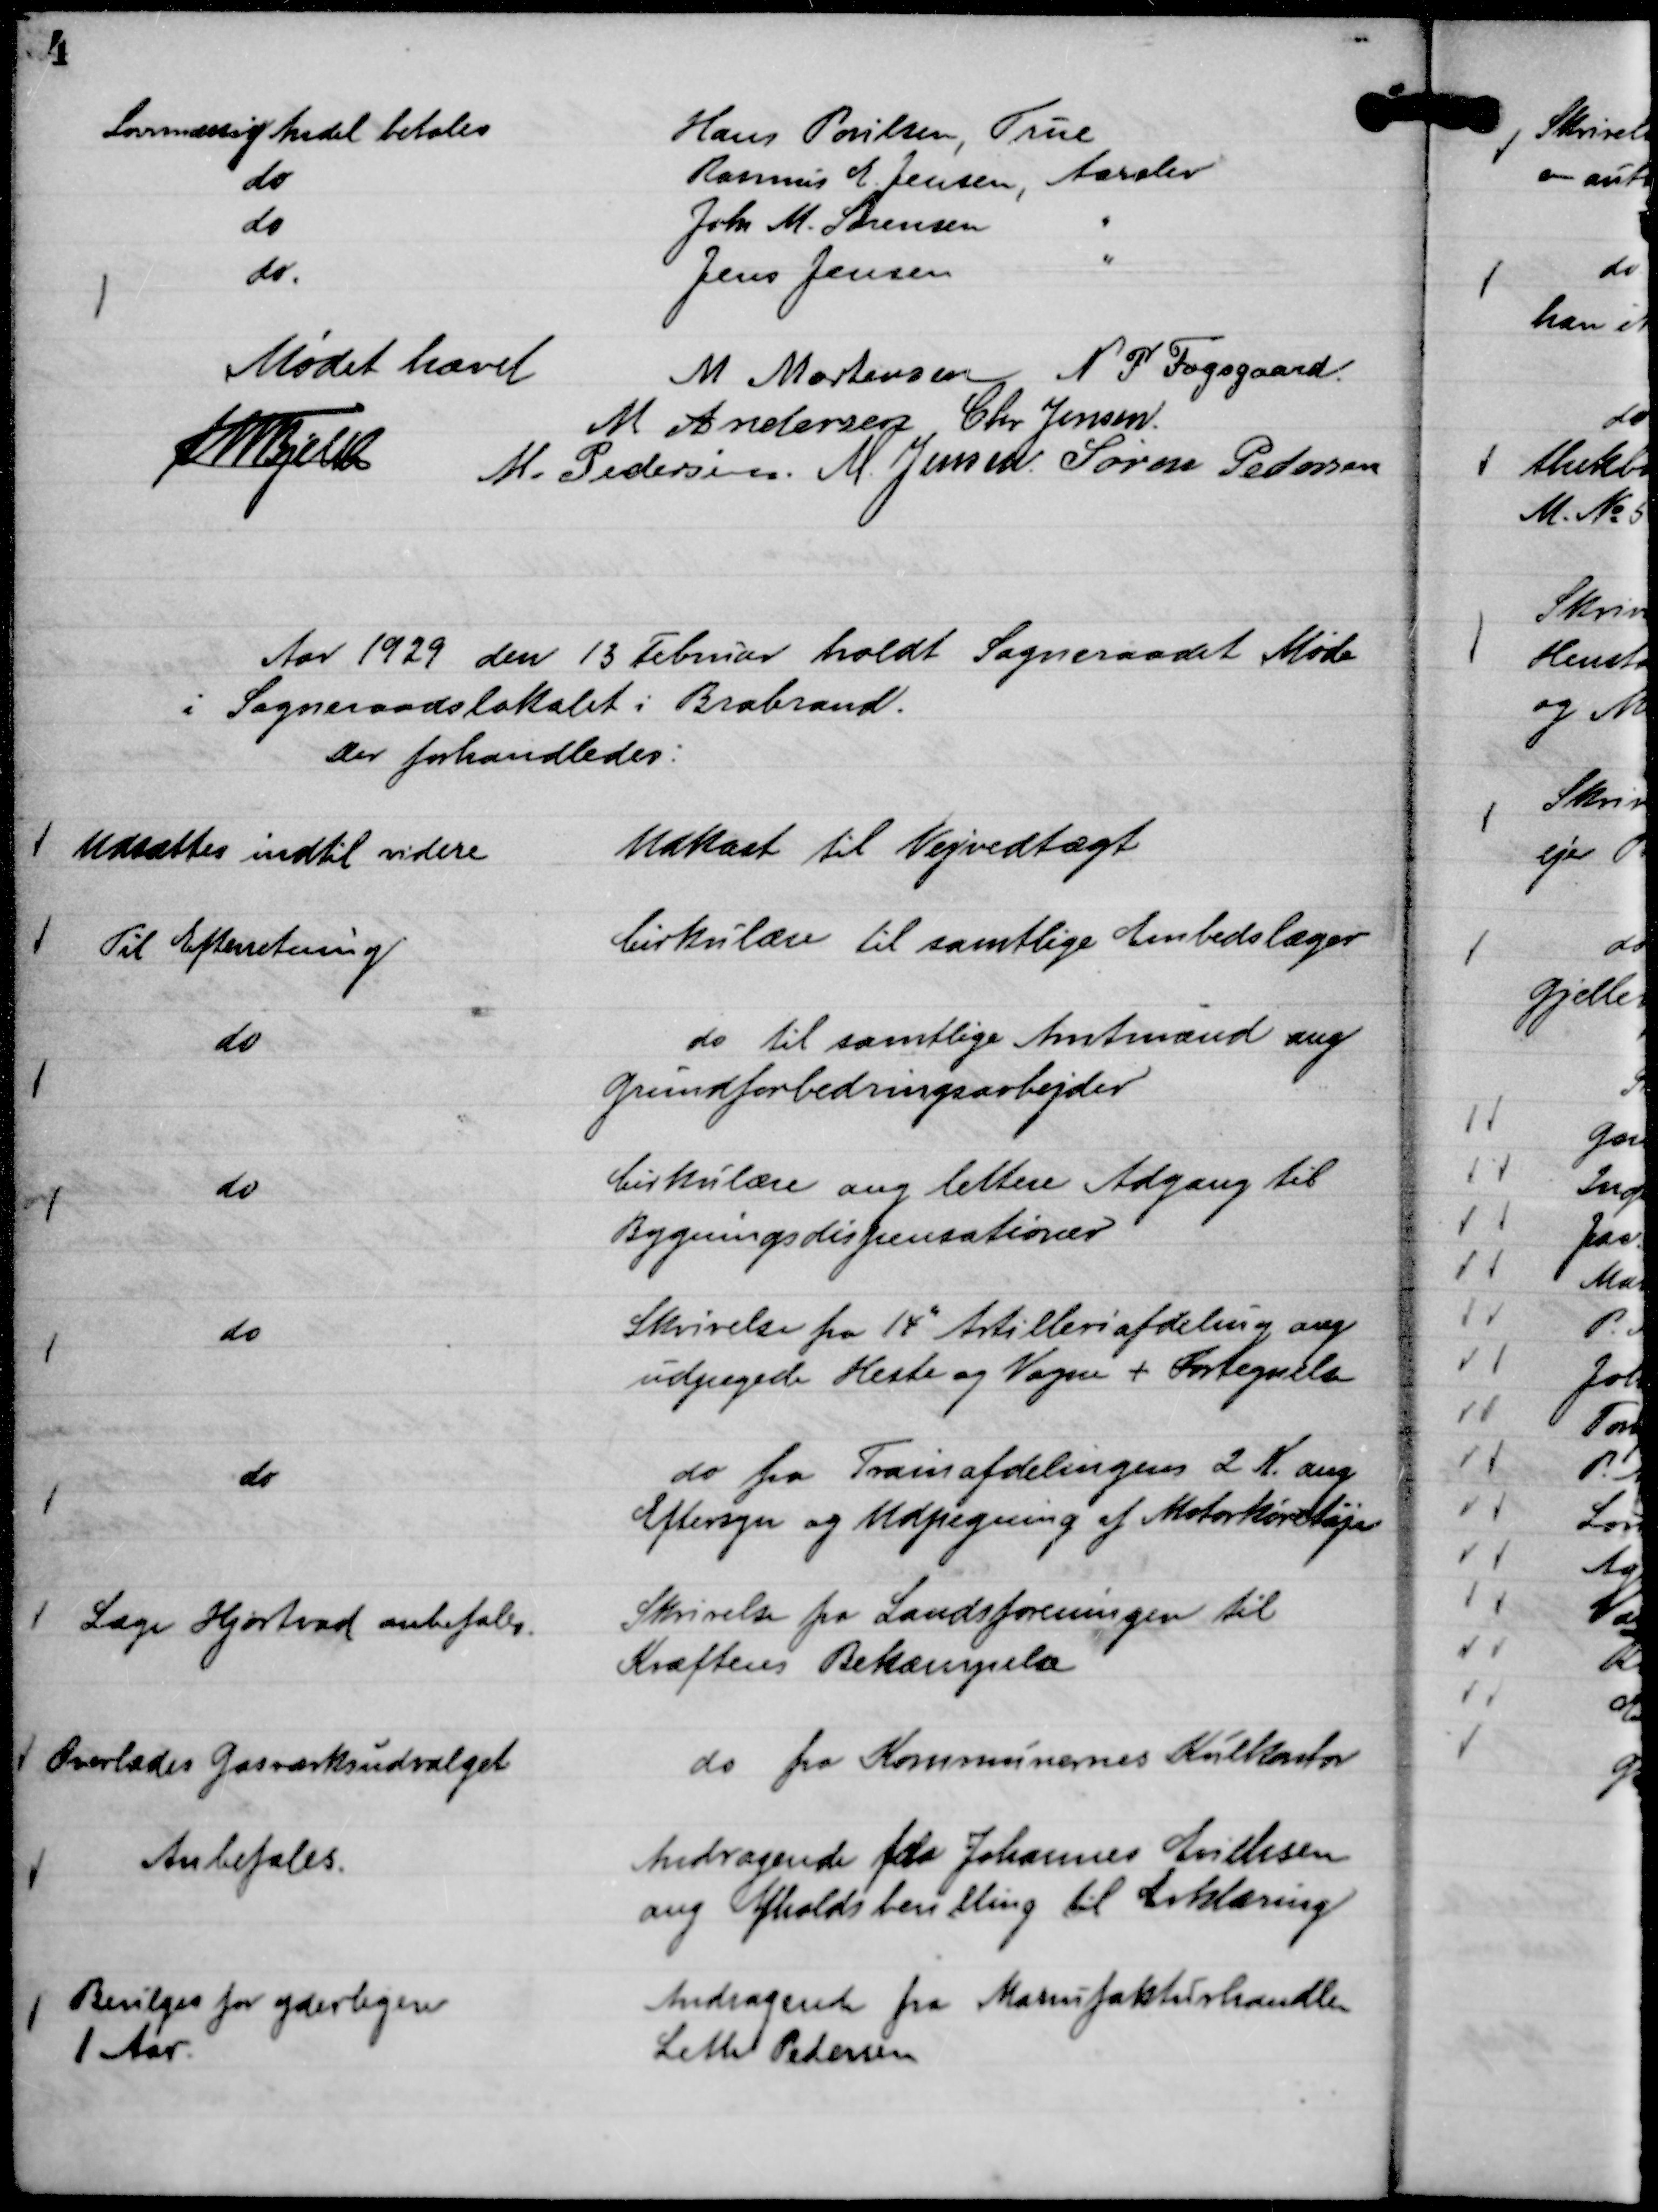
Transskription:
Hans Poulsen, True
Lovmæssig Andel betales
Rasmus E. Jensen, Aarslev
do
Johs M. Sørensen
"
do
Jens Jensen
"
do.

Mødet hævet
M Mortensen
N P Fogsgaard.
M Andersen
Chr Jensen.
Th Bjelke
M. Pedersen.
M. Jensen.
Søren Pedersen

Aar 1929 den 13 Februar holdt Sogneraadet Møde
i Sogneraadslokalet i Brabrand.
Der forhandledes:

Udkast til Vejudvalget

Udsættes indtil videre

Cirkulære til samtlige Embedslæger

Til Efterretning

do til samtlige Amtmænd ang
Grundforbedringsarbejder

do

Cirkulære ang lettere Adgang til
Bygningsdispensationer

do

Skrivelse fra 14de

Artilleriafdeling ang
udpegede Heste og Vogne + Fortegnelse

do

do fra Trainafdelingens 2 K. ang
Eftersyn og Udpegning af Motorkøretøjer

do

Skrivelse fra Landsforeningen til
Kræftens Bekæmpelse

Læge Hjortvad anbefales.

do fra Kommunernes Kulkontor

Overlades Gasværksudvalget

Andragende fra Johannes Eriksen
ang Afholdsbevilling til Erklæring

Anbefales.

Andragende fra Manufakturhandler
Leth Pedersen

Bevilges for yderligere
1 Aar.